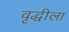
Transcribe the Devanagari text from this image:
वृद्धीला